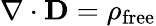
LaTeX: \mathbf{\nabla}\cdot\mathbf{D}=\rho_{\mathrm{free}}